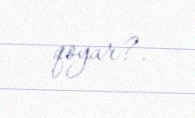
qoyar?.